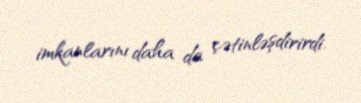
imkanlarını daha da çətinləşdirirdi.